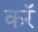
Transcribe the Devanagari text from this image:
करॅ